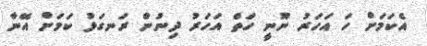
އެކަމަށް ހަ އަހަރު ނޫނީ ހަތް އަހަރު ދިނުން ރަނގަޅު ކަމަށް އޭނާ